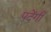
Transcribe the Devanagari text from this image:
पदेंगी